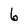
Character: 6